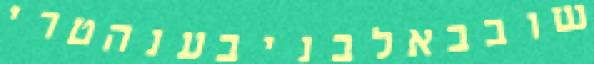
שובבאלבניבענהטרי